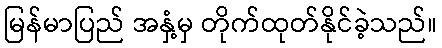
မြန်မာပြည် အနှံ့မှ တိုက်ထုတ်နိုင်ခဲ့သည်။